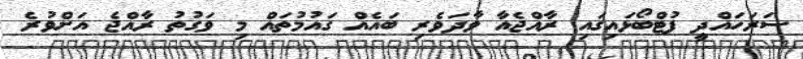
ސަރަހައްދީ ފުޓްބޯޅައިގައި ރާއްޖެއާ ވާދަވެރި ބައެއް ގައުމުތައް މި ވަގުތު ރާއްޖެ އަށްވުރެ